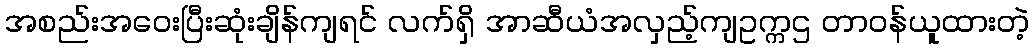
အစည်းအဝေးပြီးဆုံးချိန်ကျရင် လက်ရှိ အာဆီယံအလှည့်ကျဥက္ကဌ တာဝန်ယူထားတဲ့